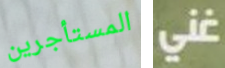
المستأجرين غني